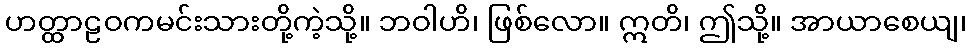
ဟတ္ထာဠဝကမင်းသားတို့ကဲ့သို့။ ဘဝါဟိ၊ ဖြစ်လော။ ဣတိ၊ ဤသို့။ အာယာစေယျ၊